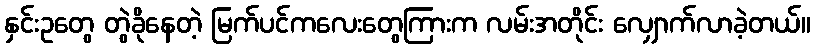
နှင်းဥတွေ တွဲခိုနေတဲ့ မြက်ပင်ကလေးတွေကြားက လမ်းအတိုင်း လျှောက်လာခဲ့တယ်။